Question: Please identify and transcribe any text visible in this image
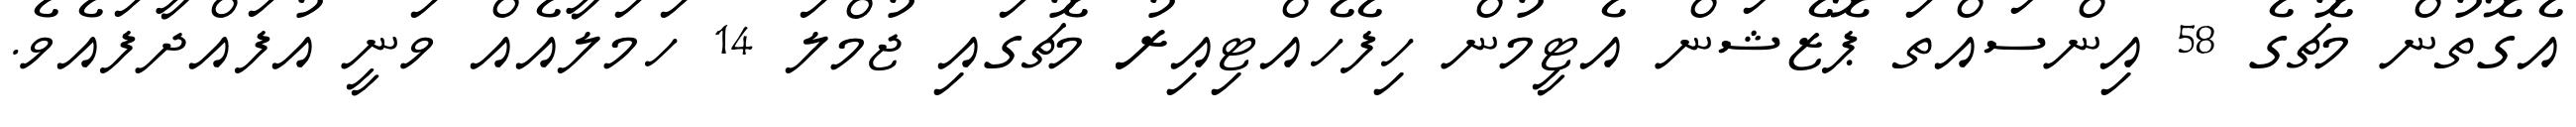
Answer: އެގޮތުން މެޗުގެ 58 އިންސައްތަ ޕޮޒެޝަން އެޓީމުން ހިފެހެއްޓިއިރު މެޗުގައި ޖުމްލަ 14 ހަމަލާއެއް ވަނީ އުފައްދާފައެވެ.